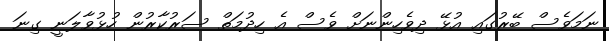
ނަމަވެސް ބޭރުގައި އުޅޭ ދިވެހިންނަށް ވެސް އެ ހިދުމަތް ސަރުކާރުން ހުޅުވާލަނީ ގިނަ